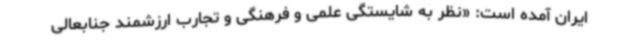
ایران آمده است: «نظر به شایستگی علمی و فرهنگی و تجارب ارزشمند جنابعالی